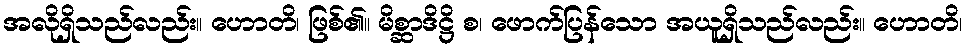
အလိုရှိသည်လည်း။ ဟောတိ၊ ဖြစ်၏။ မိစ္ဆာဒိဋ္ဌိ စ၊ ဖောက်ပြန်သော အယူရှိသည်လည်း။ ဟောတိ၊